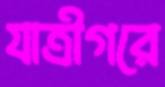
যাত্রীগরে